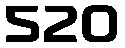
520